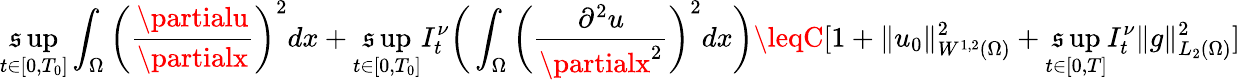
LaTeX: \underset{t\in[0,T_{0}]}{\operatorname*{\mathfrak{s}up}}\int_{\Omega}\bigg(\frac{{\partialu}}{{\partialx}}\bigg)^{2}dx+\underset{t\in[0,T_{0}]}{\operatorname*{\mathfrak{s}up}}I_{t}^{\nu}\bigg(\int_{\Omega}\bigg(\frac{{\partial^{2}u}}{{\partialx^{2}}}\bigg)^{2}dx\bigg)\leqC[1+\| u_{0}\| _{W^{1,2}(\Omega)}^{2}+\underset{t\in[0,T]}{\operatorname*{\mathfrak{s}up}}I_{t}^{\nu}\| g\| _{L_{2}(\Omega)}^{2}]